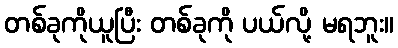
တစ်ခုကိုယူပြီး တစ်ခုကို ပယ်လို့ မရဘူး။